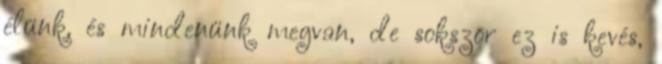
élünk, és mindenünk megvan, de sokszor ez is kevés,